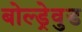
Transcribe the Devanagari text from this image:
बोल्ड्रेवुड